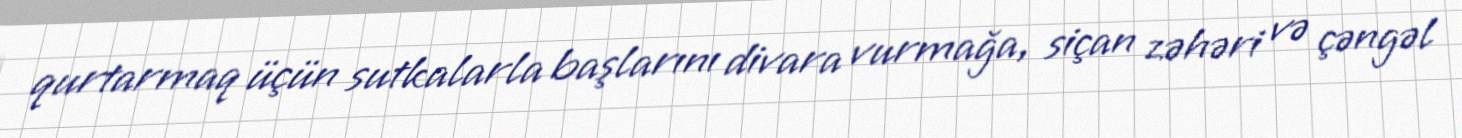
qurtarmaq üçün sutkalarla başlarını divara vurmağa, siçan zəhəri və çəngəl